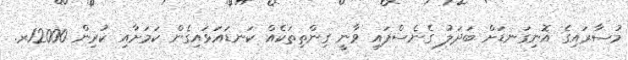
މުސާރައިގެ އޮނިގަނޑަށް ބަދަލު ގެނެސްފައި ވާނީ ގިންތިތަކެއް ކަނޑައަޅައިގެން ކަމަށާއި ކުރިން 12000ރ.